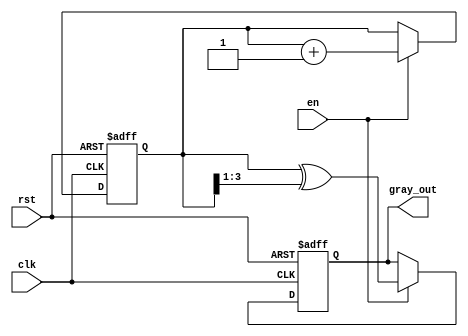
module gray_code_counter (
    input wire clk,          // Clock signal
    input wire rst,          // Asynchronous reset
    input wire en,           // Enable signal
    output reg [N-1:0] gray_out // Gray code output
);
    parameter N = 4; // Number of bits for the counter

    reg [N-1:0] binary_reg; // Binary counter register

    // Asynchronous reset and counting mechanism
    always @(posedge clk or posedge rst) begin
        if (rst) begin
            binary_reg <= 0; // Reset binary counter
            gray_out <= 0;   // Reset Gray code output
        end else if (en) begin
            binary_reg <= binary_reg + 1; // Increment binary counter
            gray_out <= binary_reg ^ (binary_reg >> 1); // Convert to Gray code
        end
    end
endmodule